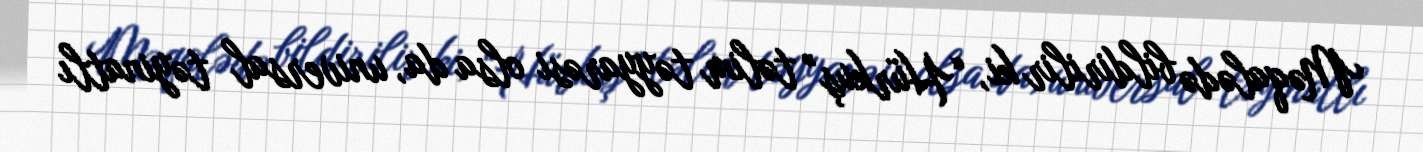
Məqalədə bildirilir ki, “Hürkuş” təlim təyyarəsi olsa da, universal təyinatlı